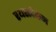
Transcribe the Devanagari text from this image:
रथस्त्वेकेन